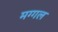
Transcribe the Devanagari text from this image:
मग्गल